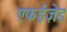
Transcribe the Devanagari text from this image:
एफईज़ेड